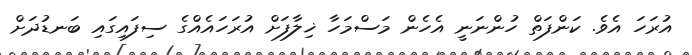
އުރަހަ އެވެ. ކަންފަތް ހުންނަނީ އެހެން މަސްމަހާ ޚިލާފަށް އުރަހައެއްގެ ސިފައިގައި ބަނޑުދަށް